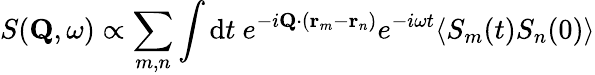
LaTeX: S(\mathbf{Q},\omega)\propto\sum_{m,n}\int\mathrm{d}t\ e^{-i\mathbf{Q}\cdot(\mathbf{r}_{m}-\mathbf{r}_{n})}e^{-i\omega t}\langle S_{m}(t)S_{n}(0)\rangle